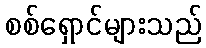
စစ်ရှောင်များသည်